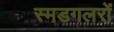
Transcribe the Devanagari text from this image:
स्मडगलरों